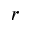
r